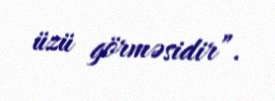
üzü görməsidir”.